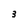
Character: 3